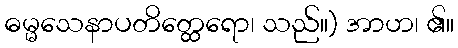
ဓမ္မသေနာပတိတ္ထေရော၊ သည်။) အာဟ၊ ၏။